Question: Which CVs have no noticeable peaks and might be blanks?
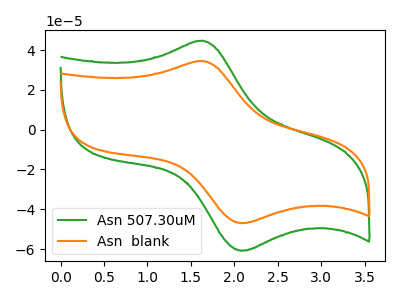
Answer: <think>The green curve "Asn 507.30uM" has an anodic peak at (1.65V, 44.70uA) and a cathodic peak at (2.10V, -60.80uA). The orange curve "Asn  blank" has an anodic peak at (1.65V, 34.55uA) and a cathodic peak at (2.10V, -47.00uA).</think>
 <answer>There are not any CV's on this graph that are likely to be blanks.</answer>
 <eval>none</eval>